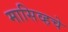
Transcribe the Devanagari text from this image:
मासिव्हचे